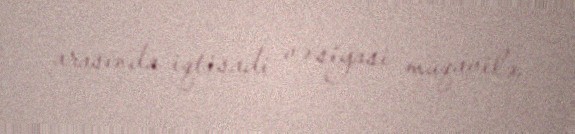
arasında iqtisadi və siyasi müqavilə.